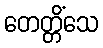
တေတ္တိံသေ